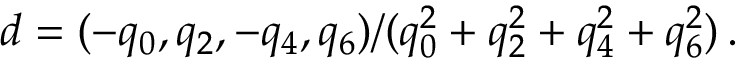
d = ( - q _ { 0 } , q _ { 2 } , - q _ { 4 } , q _ { 6 } ) / ( q _ { 0 } ^ { 2 } + q _ { 2 } ^ { 2 } + q _ { 4 } ^ { 2 } + q _ { 6 } ^ { 2 } ) \, .